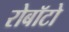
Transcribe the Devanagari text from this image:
रोबॉटो